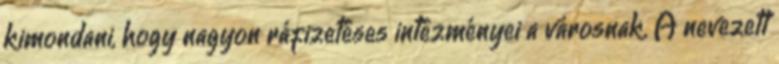
kimondani, hogy nagyon ráfizetéses intézményei a városnak. A nevezett